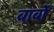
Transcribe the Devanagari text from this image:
बार्बो